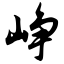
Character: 峥